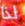
لذا